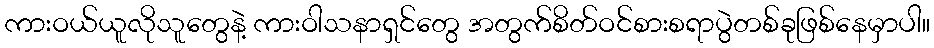
ကားဝယ်ယူလိုသူတွေနဲ့ ကားဝါသနာရှင်တွေ အတွက်စိတ်ဝင်စားစရာပွဲတစ်ခုဖြစ်နေမှာပါ။